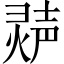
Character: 𬊽